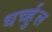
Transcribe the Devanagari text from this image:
धर्च्हुल